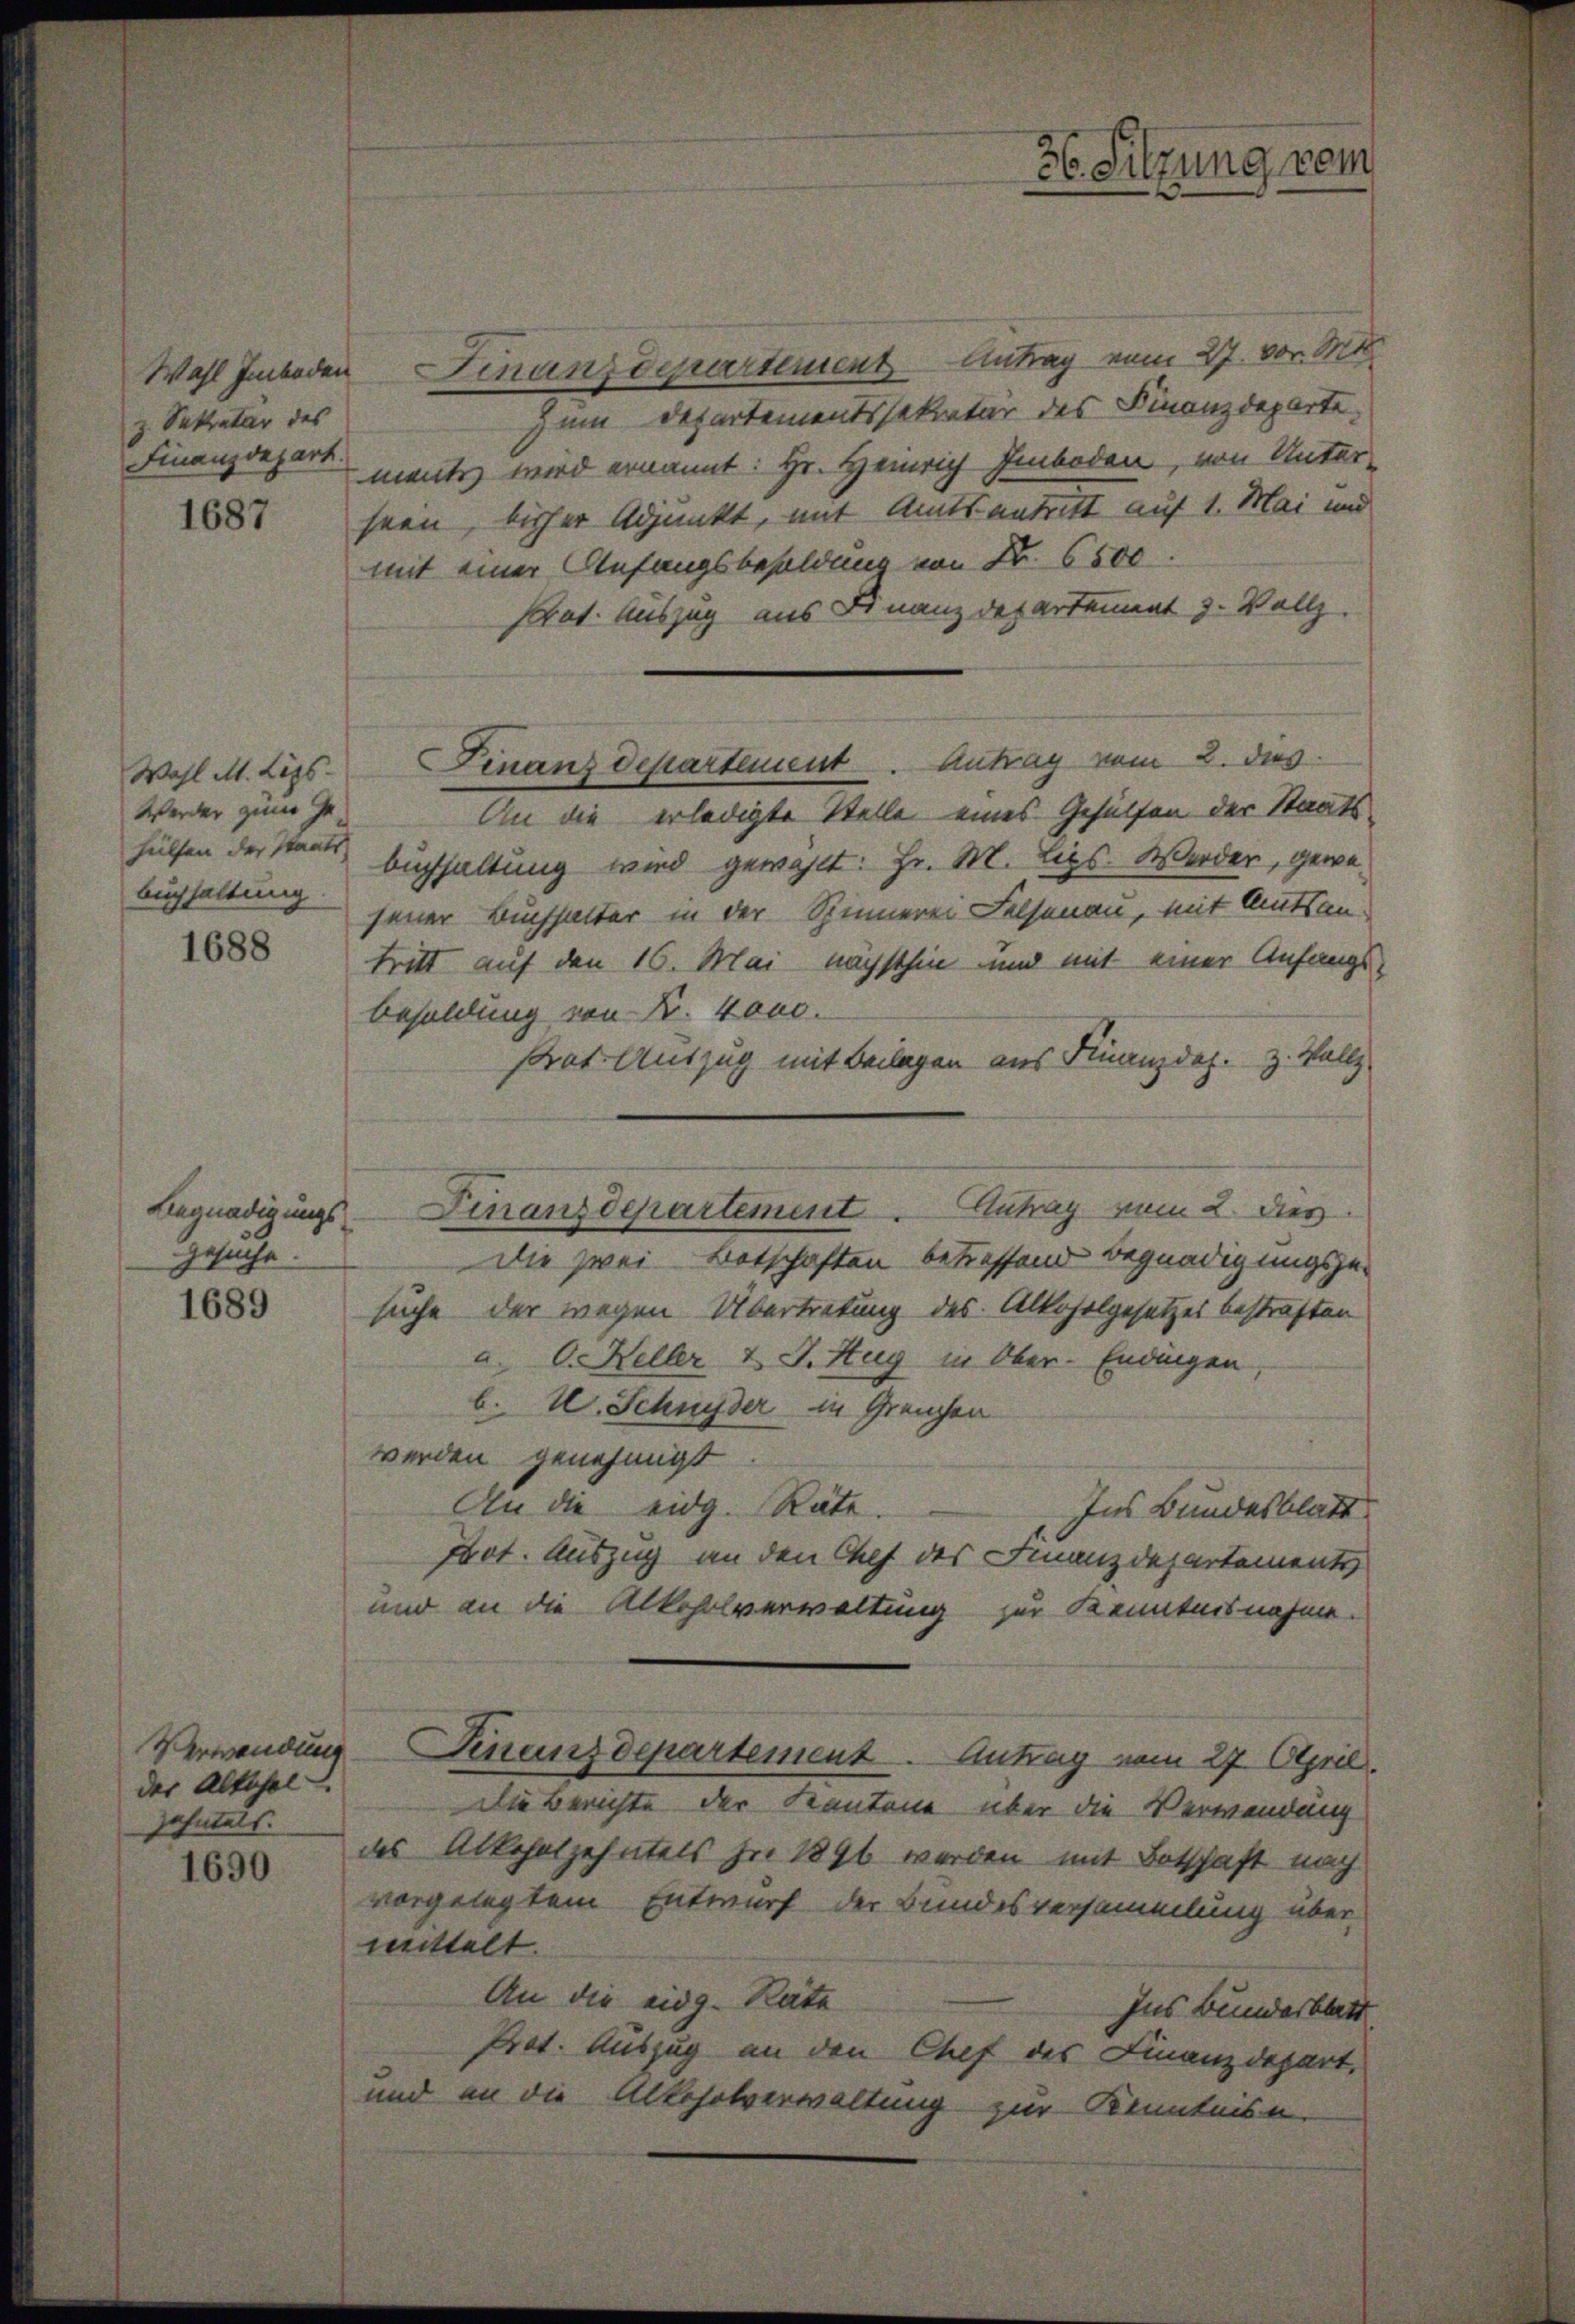
Wahl Imboden
z. Sekretär des
Finanzdepart.

1687

Wahl Mtt. Lips
Werden zum Gehülfen der Staats¬

1688

1689

Begnadigungsgesuche.

Verwendung
der Altshol
Zehntels.

1690

Finanzdepartement Antrag vom 27. vor. Mts.
zum Departementssekretär des Finanzdeparte
menten wird ernannt: Hr. Heinrich Imboden, von Unter-
sein, bisher Adjunkt, mit Amtsantritt auf 1. Mai und
mit einer Anfangsbesoldung von Nr. 6500.
Etat. Auszug aus Finanzdepartement z. Vollz
Finanzdepartement. Antrag vom 2. dies
An die erledigte Stelle eines Gehülfen der Staatsbuchhaltung wird gewählt: Hr. M. Lips. Werder, gewe¬
Buchhaltung jener Buchhalter in der Spinnerei Felsenau, mit Amtsan-
tritt auf den 16. Mai nächsthin und mit einer Anfangs-
Besoldung von Fr. 4000.
strat Auszug mit Beilagen aus Finanzdez. Z. Vollz
Die zwei Botschaften betreffend Begnadigungsgesuche der wegen Übertretung des Alkoholgesetzes bestraften
a. O. Heller & J. Hug in Ober-Endingen
b. U. Schnyder in Grenzen
werden genehmigt
An die eidg. Räte.
Ins Bundesblatt
Prot. Auszug an den Chef des Finanzdepartements
und an die Alkoholverwaltung zur Kenntnisnahme.
Finanzdepartement. Antrag vom 27. April.
Die Berichte der Kantone über die Verwendung
das Alkoholzehntels je 1891 werden mit Botschaft nach
vorgelegtem Entwurf der Bundesversammlung über-
mittelt.
An die eidg. Rate
Ins Bundesblatt
Prot. Auszug an den Chef des Finanzdepart,
und an die Alkoholverwaltung zur Kenntnisn

Finanzdepartement. Antrag vom 2. dies

36. Sitzung vom